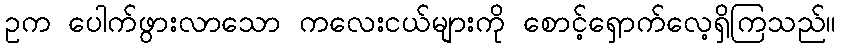
ဥက ပေါက်ဖွားလာသော ကလေးငယ်များကို စောင့်ရှောက်လေ့ရှိကြသည်။